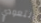
لتعودي